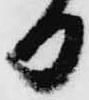
日